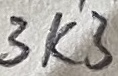
Text: 3K3